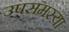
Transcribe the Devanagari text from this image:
उपसमस्या